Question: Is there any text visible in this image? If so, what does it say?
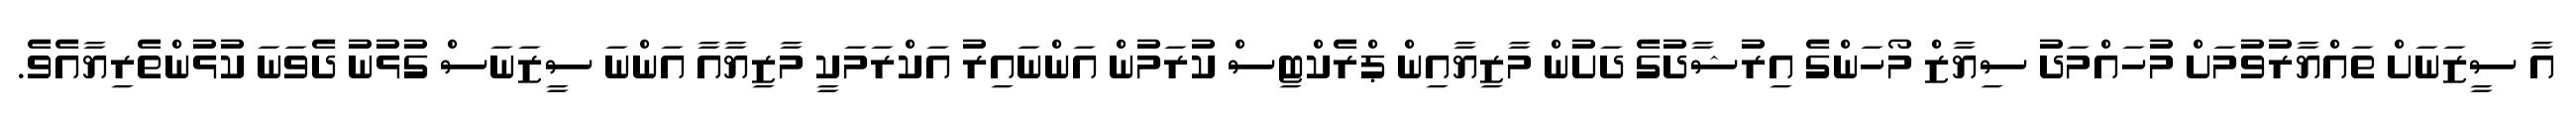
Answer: އާ ސީޒަނަށް ތައްޔާރުވުމަށް މުހައްމަދު ސިޔާޒް މޯހަންގެ އިރުޝާދުގެ ދަށުން މާޒިޔާއިން ޕްރެކްޓިސް ކުރަމުން އަންނައިރު އަކްރަމަކީ މާޒިޔާއާ އަންނަ ސީޒަނަސް ގުޅުނު ދެވަނަ ކުޅުންތެރިޔާއެވެ.